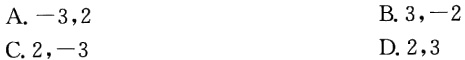
A. \(-3,2\)

B. \(3,-2\)

C. \(2,-3\)

D. \(2,3\)